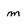
Character: m